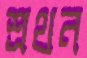
শ্রথন